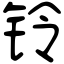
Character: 铃